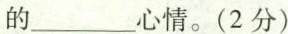
的___心情。(2分)